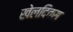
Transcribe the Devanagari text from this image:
खेलदिवस